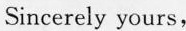
Sincerely yours,